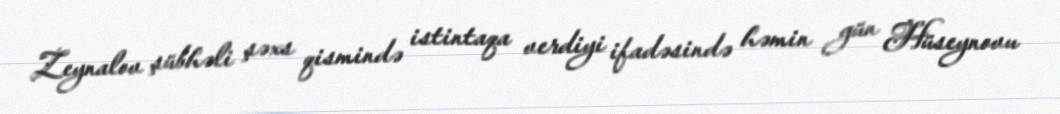
Zeynalov şübhəli şəxs qismində istintaqa verdiyi ifadəsində həmin gün Hüseynovu